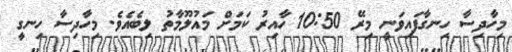
މިހާދިސާ ހިނގާފައިވަނީ މިރޭ 10:50 ހާއިރު ކަމަށް މައުލޫމާތު ލިބެއެވެ. މިހާދިސާ ހިނގީ